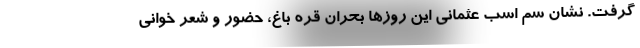
گرفت. نشان سُم اسب عثمانی این روزها بحران قره باغ، حضور و شعر خوانی